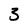
Character: 3